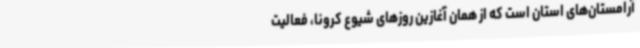
آرامستان‌های استان است که از همان آغازین روزهای شیوع کرونا، فعالیت